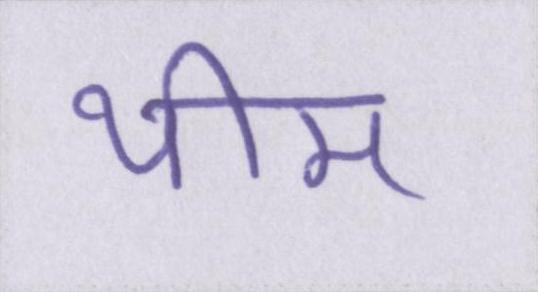
थीम